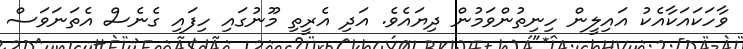
ވާހަކައަކާއެކު އައިލީން ހިނިތުންވަމުން ދިޔައެވެ. އަދި އެރީތި މޫނުގައި ހިފައި ގެނެސް އެތަނަވަސް